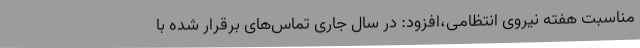
مناسبت هفته نیروی انتظامی،افزود: در سال جاری تماس‌های برقرار شده با